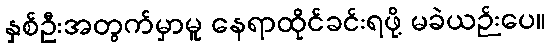
နှစ်ဦးအတွက်မှာမူ နေရာထိုင်ခင်းရဖို့ မခဲယဉ်းပေ။